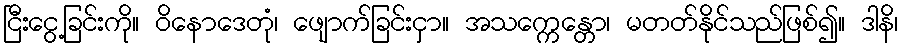
ငြီးငွေ့ခြင်းကို။ ဝိနောဒေတုံ၊ ဖျောက်ခြင်းငှာ။ အသက္ကေန္တော၊ မတတ်နိုင်သည်ဖြစ်၍။ ဒါနိ၊